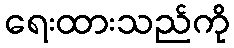
ရေးထားသည်ကို